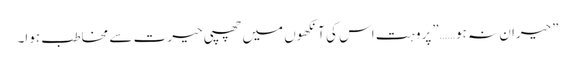
”حیران نہ ہو……”پروہت اس کی آنکھوں میں چھپی حیرت سے مخاطب ہوا۔